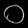
Digit: ၀